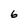
Character: 6